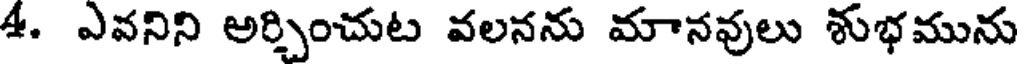
4. ఎవనిని అర్చించుట వలనను మానవులు శుభమును